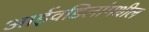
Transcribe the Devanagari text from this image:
आईवडिलांमधील